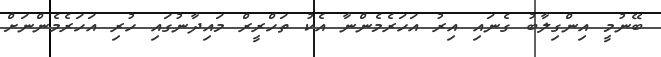
ބޭނުމީ އިންގިލާބު ގެނައި އިރު އަހަރެމެންނާ އެކު ތަހްރީރް މައިދާނުގައި ހުރި އަހަރެމެންނަށް